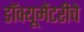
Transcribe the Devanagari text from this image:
डॉक्यूमेंटरीचे